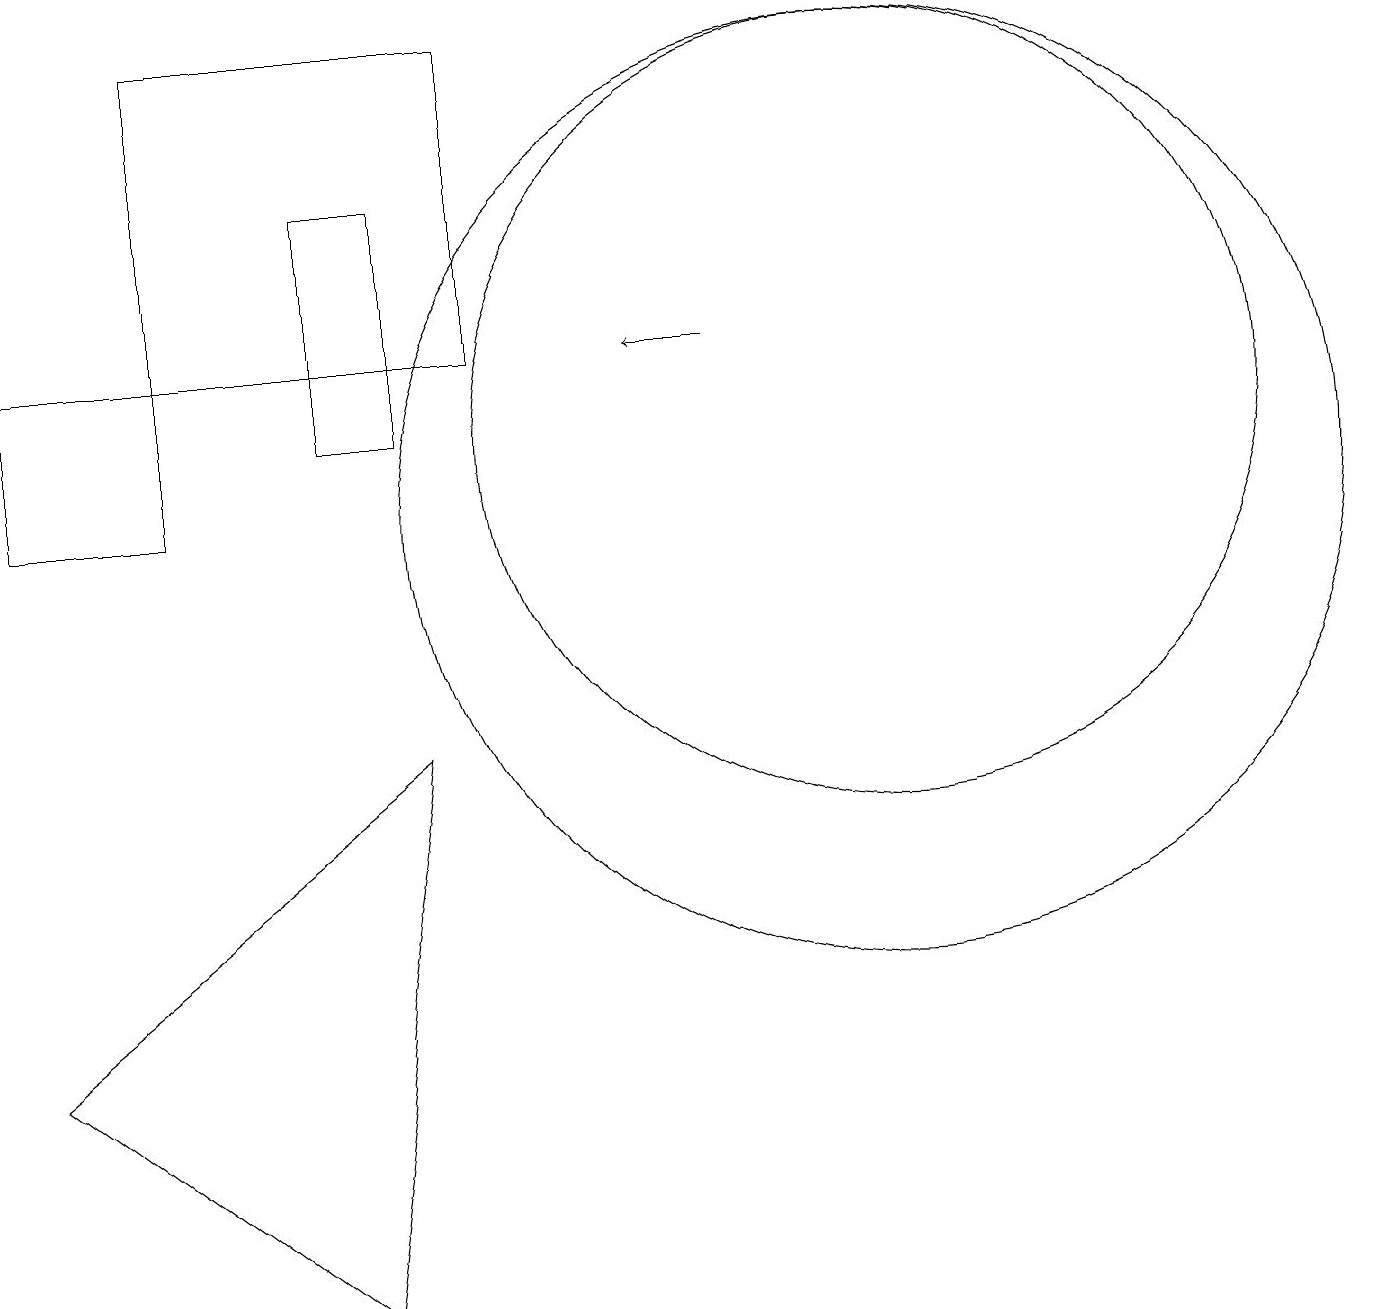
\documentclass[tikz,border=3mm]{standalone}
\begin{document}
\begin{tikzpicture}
\draw (6,16) rectangle (2,12);
\draw (4,11) rectangle (5,14);
\draw (11,10) circle (6);
\draw[->] (9,12) -- (8,12);
\draw (2,12) rectangle (0,10);
\draw (4,0) -- (0,3) -- (5,7) -- cycle;
\draw (11,11) circle (5);
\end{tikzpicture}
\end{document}